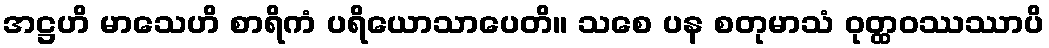
အဋ္ဌဟိ မာသေဟိ စာရိကံ ပရိယောသာပေတိ။ သစေ ပန စတုမာသံ ဝုတ္ထဝဿဿာပိ